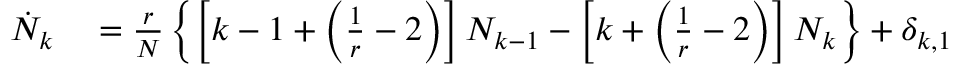
\begin{array} { r l } { \dot { N } _ { k } } & { { } = \frac { r } { N } \left\{ \left[ k - 1 + \left( \frac { 1 } { r } - 2 \right) \right] N _ { k - 1 } - \left[ k + \left( \frac { 1 } { r } - 2 \right) \right] N _ { k } \right\} + \delta _ { k , 1 } } \end{array}